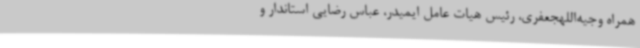
همراه وجیه‌اللهجعفری، رئیس هیات عامل ایمیدر، عباس رضایی استاندار و